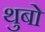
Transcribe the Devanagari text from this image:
थुबो